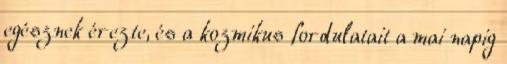
egésznek érezte, és a kozmikus fordulatait a mai napig